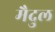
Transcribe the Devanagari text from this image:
मैदुल